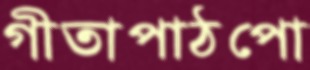
গীতাপাঠপো